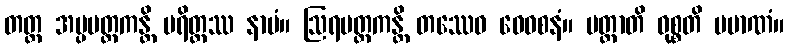
တတ္ထ အပ္ပမတ္တကန္တိ ပရိတ္တဿ နာမံ။ ဩရမတ္တကန္တိ တဿေဝ ဝေဝစနံ။ မတ္တာတိ ဝုစ္စတိ ပမာဏံ။